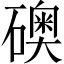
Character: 礇